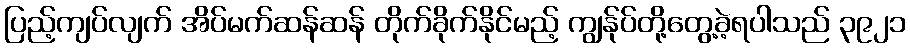
ပြည့်ကျပ်လျက် အိပ်မက်ဆန်ဆန် တိုက်ခိုက်နိုင်မည့် ကျွန်ုပ်တို့တွေ့ခဲ့ရပါသည် ၃၉၂၁